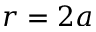
r = 2 a